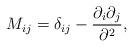
LaTeX: \begin{align*}M_{ij}=\delta_{ij} - {{\partial_{i}\partial_{j}}\over{\partial^{2}}},\end{align*}